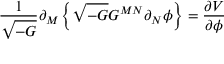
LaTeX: \frac { 1 } { \sqrt { - G } } \partial _ { M } \left\{ \sqrt { - G } G ^ { M N } \partial _ { N } \phi \right\} = \frac { \partial V } { \partial \phi }